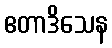
ဧတာဒိသေန